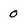
Character: 0